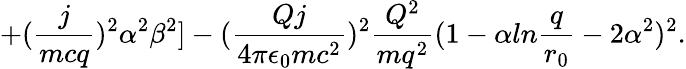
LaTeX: +({\frac{j}{mcq}})^{2}\alpha^{2}\beta^{2}]-({\frac{Qj}{4\pi\epsilon_{0}mc^{2}}})^{2}{\frac{Q^{2}}{mq^{2}}}(1-\alpha ln{\frac{q}{r_{0}}}-2\alpha^{2})^{2}.